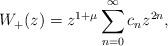
LaTeX: \begin{gather*}W_+(z)= z^{1+\mu}\sum_{n=0}^\infty c_nz^{2n},\end{gather*}